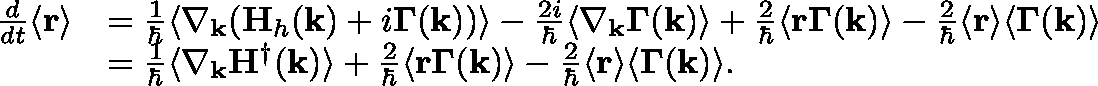
\begin{array} { r l } { \frac { d } { d t } \langle \mathbf { r } \rangle } & { = \frac { 1 } { \hbar } \langle \nabla _ { \mathbf { k } } ( \mathbf { H } _ { h } ( \mathbf { k } ) + i \mathbf { \Gamma } ( \mathbf { k } ) ) \rangle - \frac { 2 i } { \hbar } \langle \nabla _ { \mathbf { k } } \mathbf { \Gamma } ( \mathbf { k } ) \rangle + \frac { 2 } { \hbar } \langle \mathbf { r } \mathbf { \Gamma } ( \mathbf { k } ) \rangle - \frac { 2 } { \hbar } \langle \mathbf { r } \rangle \langle \mathbf { \Gamma } ( \mathbf { k } ) \rangle } \\ & { = \frac { 1 } { \hbar } \langle \nabla _ { \mathbf { k } } \mathbf { H } ^ { \dagger } ( \mathbf { k } ) \rangle + \frac { 2 } { \hbar } \langle \mathbf { r } \mathbf { \Gamma } ( \mathbf { k } ) \rangle - \frac { 2 } { \hbar } \langle \mathbf { r } \rangle \langle \mathbf { \Gamma } ( \mathbf { k } ) \rangle . } \end{array}